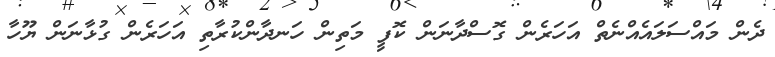
ދެން މައްސަލައެއްނެތް އަހަރެން ގޮސްދާނަން ކޮފީ މަތިން ހަނދާންކުރާތި އަހަރެން ގުޅާނަން ޔޫހާ